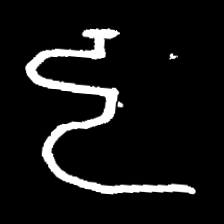
Pyu character \u2014 Myanmar letter: ဠ (romanized: lla)